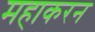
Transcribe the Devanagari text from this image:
महाकरन